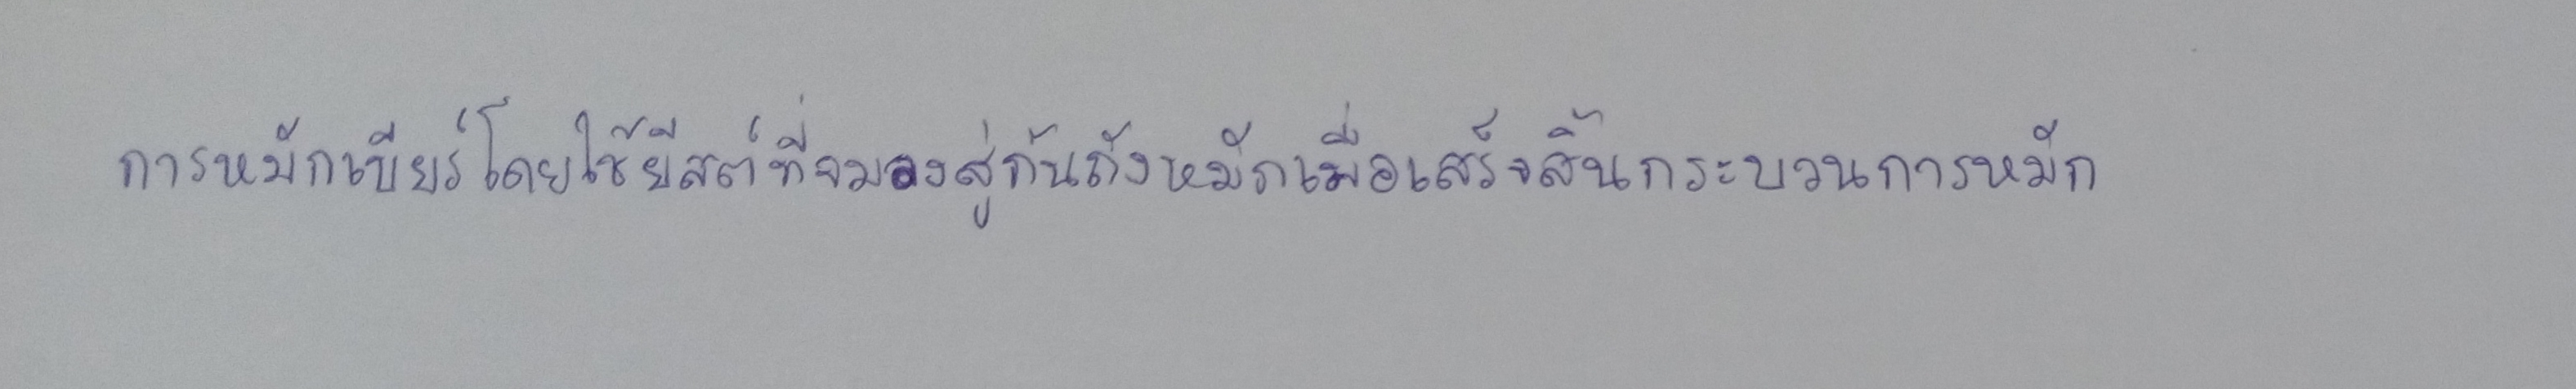
การหมักเบียร์โดยใช้ยีสต์ที่จมลงสู่ก้นถังหมักเมื่อเสร็จสิ้นกระบวนการหมัก